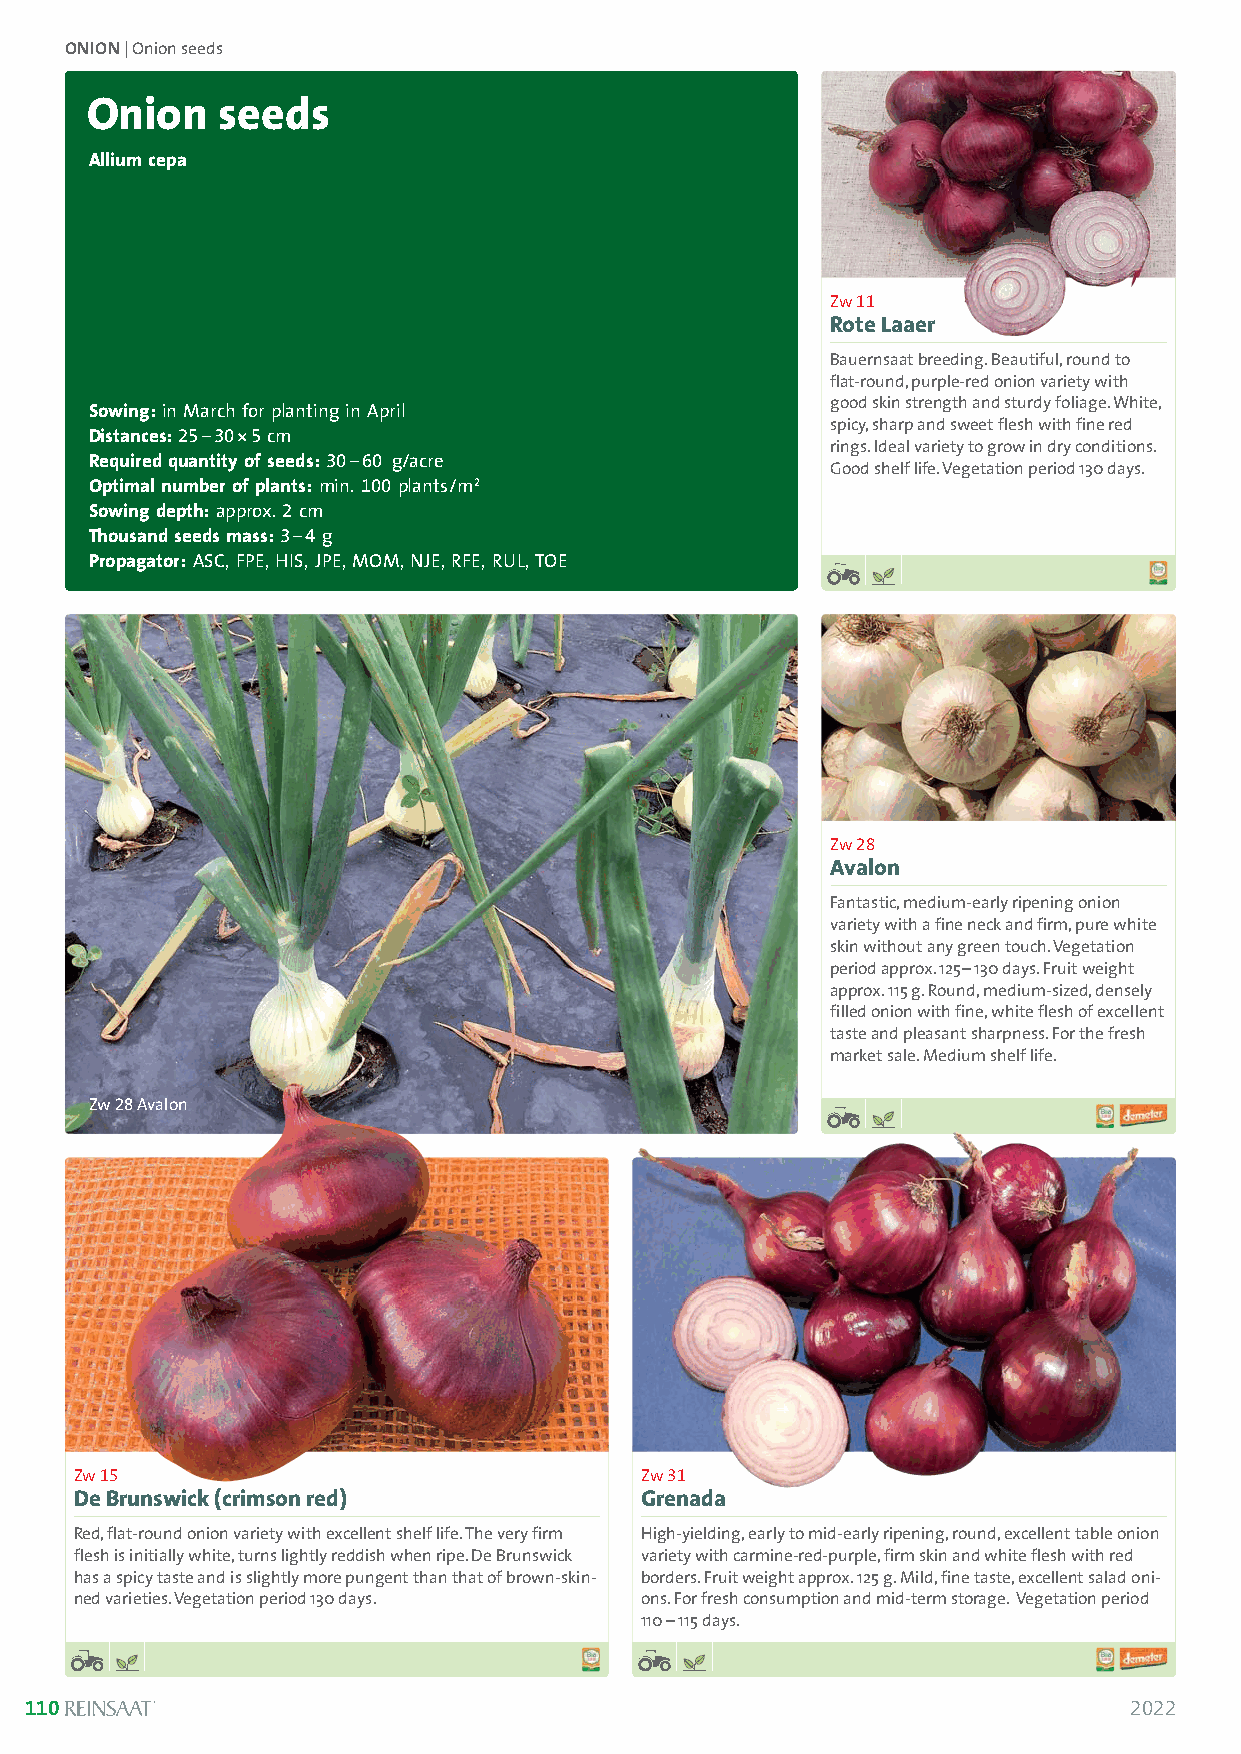
ONION| Onion seeds
 Onion   seeds
 Allium cepa
 Zw 11
 Rote Laaer
 Bauernsaat breeding. Beautiful, round to
 flat-round, purple-red onion variety with
 good skin strength and sturdy foliage. White,
 Sowing:in March for planting in April
 Distances:25–30*5 cm                             spicy, sharp and sweet flesh with fine red
 rings. Ideal variety to grow in dry conditions.
 Required quantity of seeds:30–60 g/acre
 Good shelf life. Vegetation period 130 days.
 Optimal number of plants:min. 100plants/m2
 Sowing depth:approx. 2cm
 Thousand seeds mass:3–4 g
 Propagator:ASC, FPE, HIS, JPE, MOM, NJE, RFE, RUL, TOE
 Zw 28
 Avalon
 Fantastic, medium-early ripening onion
 variety with a fine neck and firm, pure white
 skin without any green touch. Vegetation
 period approx. 125–130 days. Fruit weight
 approx. 115 g. Round, medium-sized, densely
 filled onion with fine, white flesh of excellent
 taste and pleasant sharpness. For the fresh
 market sale. Medium shelf life.
 Zw 28Avalon
 Zw 15                                Zw 31
 De Brunswick (crimson red)           Grenada
 Red, flat-round onion variety with excellent shelf life. The very firm High-yielding, early to mid-early ripening, round, excellent table onion
 flesh is initially white, turns lightly reddish when ripe. De Brunswick variety with carmine-red-purple, firm skin and white flesh with red
 has a spicy taste and is slightly more pungent than that of brown-skin- borders. Fruit weight approx. 125 g. Mild, fine taste, excellent salad oni-
 ned varieties. Vegetation period 130 days. ons. For fresh consumption and mid-term storage. Vegetation period
 110 –115 days.
 110                                                                      2022